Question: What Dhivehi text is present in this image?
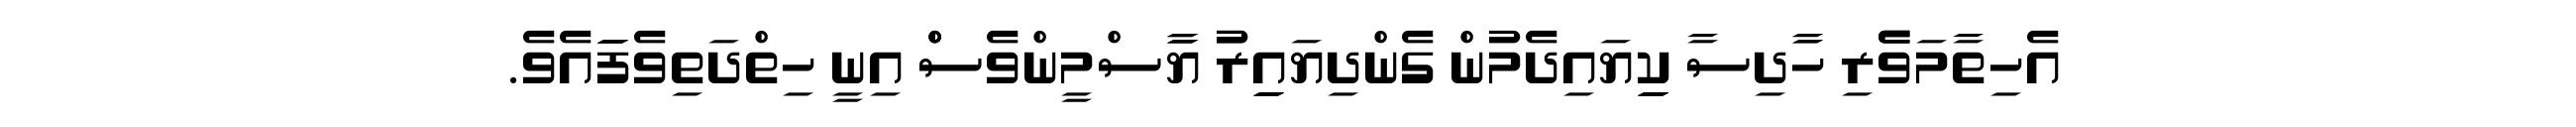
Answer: އެހިތާމަވެެެެރި ހާާދިސާ ކިިިިިިިޔައިދެމުން ގެންދިޔައިިިިރުު ޔާާާސްމީންވެސްްް އިނީ ހިތްދަތިވެފަަަަައެވެ.